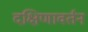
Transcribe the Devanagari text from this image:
दक्षिणावर्तन